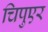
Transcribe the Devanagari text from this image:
चिपुएर